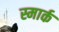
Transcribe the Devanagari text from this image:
स्मार्क